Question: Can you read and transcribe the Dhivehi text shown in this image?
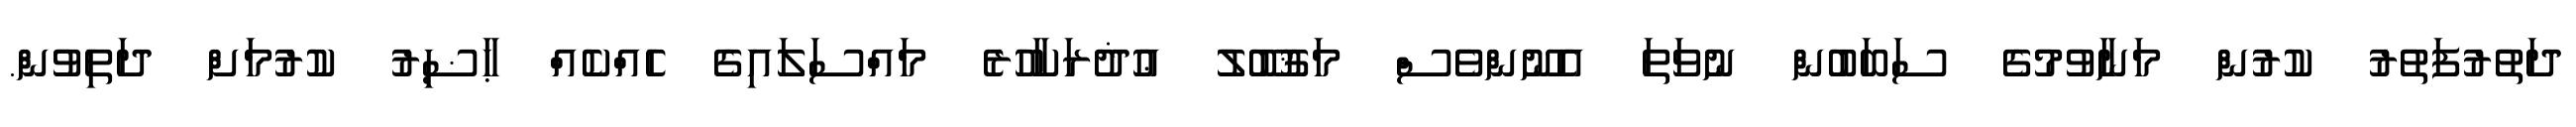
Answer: ދަތުރުފަތުރު ކުރުން މަނާވުމުގެ ސަބަބުން ނުވަތަ އެނޫންވެސް މަޤުބޫލު ޢުޛުރަކާހުރެ މައްސަލައިގެ ހެއްކެއް ޙާޟިރު ކުރުމަށް ދަތިވުން.